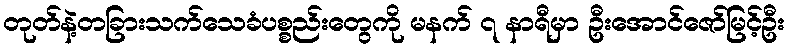
တုတ်နဲ့တခြားသက်သေခံပစ္စည်းတွေကို မနက် ၇ နာရီမှာ ဦးအောင်ဇော်မြင့်ဦး